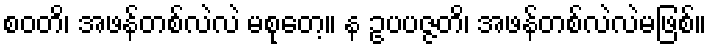
စဝတိ၊ အဖန်တစ်လဲလဲ မစုတေ့။ န ဥပပဇ္ဇတိ၊ အဖန်တစ်လဲလဲမဖြစ်။